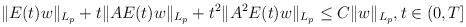
LaTeX: \begin{align*} \|E(t)w\|_{L_{p}} + t\|AE(t)w\|_{L_{p}} + t^2\|A^2E(t)w\|_{L_{p}} \leq C\|w\|_{L_{p}}, t\in (0,T] \end{align*}